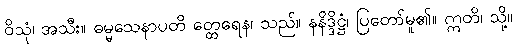
ဝိသုံ၊ အသီး။ ဓမ္မသေနာပတိ တ္ထေရေန၊ သည်။ နနိဒ္ဒိဋ္ဌံ၊ ပြတော်မူ၏။ ဣတိ၊ သို့။